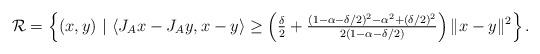
LaTeX: \begin{align*}\mathcal{R}=\left\{(x,y)~|~\langle J_Ax-J_Ay,x-y\rangle\geq \left(\tfrac{\delta}{2}+\tfrac{(1-\alpha-\delta/2)^2-\alpha^2+(\delta/2)^2}{2(1-\alpha-\delta/2)}\right)\|x-y\|^2\right\}.\end{align*}